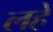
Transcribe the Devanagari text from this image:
लहे